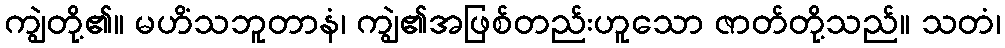
ကျွဲတို့၏။ မဟိံသဘူတာနံ၊ ကျွဲ၏အဖြစ်တည်းဟူသော ဇာတ်တို့သည်။ သတံ၊